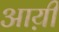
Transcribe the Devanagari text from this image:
आय़ी